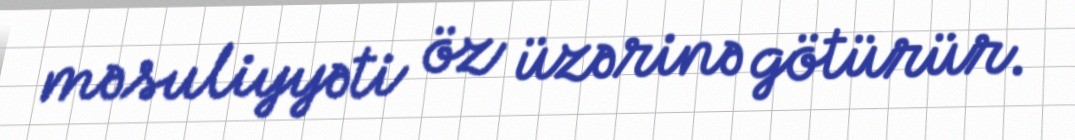
məsuliyyəti öz üzərinə götürür.